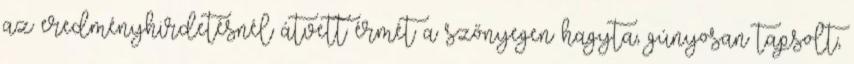
az eredményhirdetésnél átvett érmét a szőnyegen hagyta, gúnyosan tapsolt,